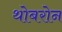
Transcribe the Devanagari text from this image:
थोबरोन